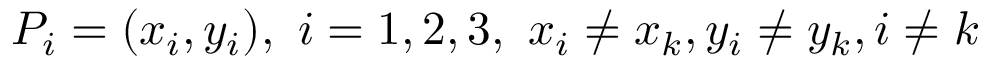
P _ { i } = ( x _ { i } , y _ { i } ) , \ i = 1 , 2 , 3 , \ x _ { i } \neq x _ { k } , y _ { i } \neq y _ { k } , i \neq k